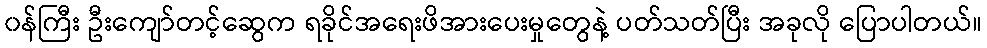
၀န်ကြီး ဦးကျော်တင့်ဆွေက ရခိုင်အရေးဖိအားပေးမှုတွေနဲ့ ပတ်သတ်ပြီး အခုလို ပြောပါတယ်။